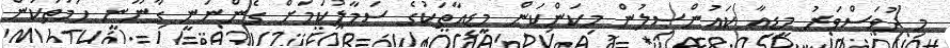
މި ދުވަސްވަރު މީޑިއާ ކައުންސިލުން މިކަންކަން މީޑިއާތަކުގެ ސަމާލުކަމަށް ގެންނަނީ ގާނޫނީ ހަމަތަކުން